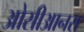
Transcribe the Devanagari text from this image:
ओसीआनस